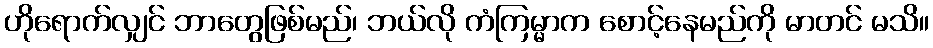
ဟိုရောက်လျှင် ဘာတွေဖြစ်မည်၊ ဘယ်လို ကံကြမ္မာက စောင့်နေမည်ကို မာတင် မသိ။